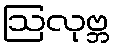
ဩလုဗ္ဘ